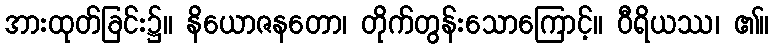
အားထုတ်ခြင်း၌။ နိယောဇနတော၊ တိုက်တွန်းသောကြောင့်။ ဝီရိယဿ၊ ၏။